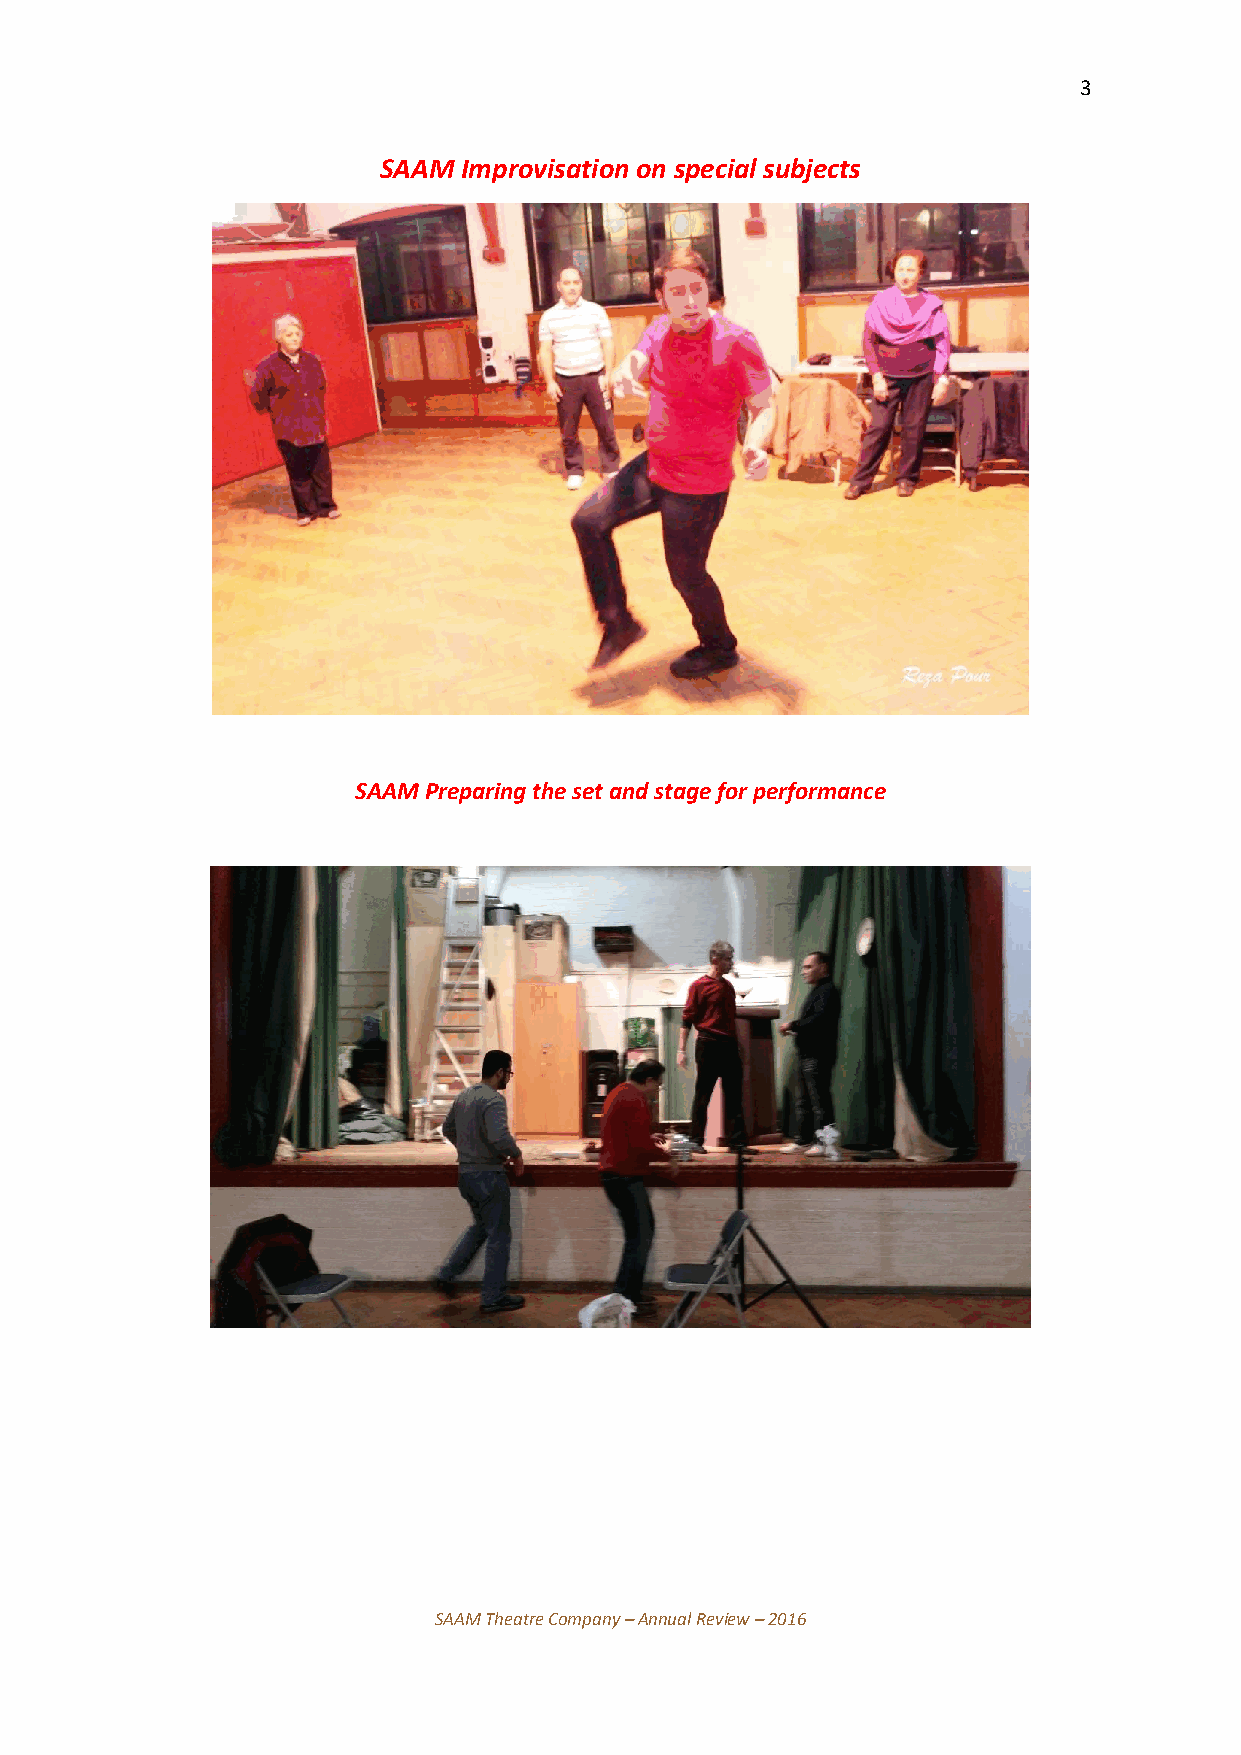
3
 SAAM  Improvisation on special subjects
 SAAM Preparing the set and stage for performance
 SAAM Theatre Company – Annual Review – 2016